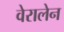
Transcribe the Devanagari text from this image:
वेरालेन